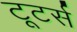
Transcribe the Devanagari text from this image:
टूटर्स